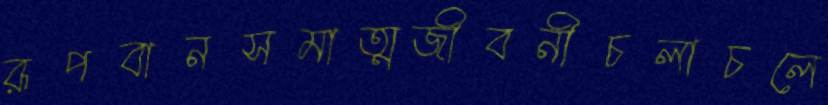
রূপবানসমাত্মজীবনীচলাচলে